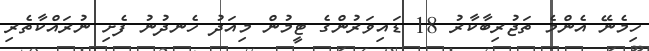
ހިމެނޭ އެންމެ ތަޖުރިބާކާރު 18 ޑައިވަރުންގެ ޓީމުން މިއަދު ހެނދުނު ފެށި ނުރައްކާތެރި